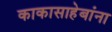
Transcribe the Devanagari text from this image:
काकासाहेबांना